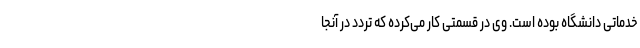
خدماتی دانشگاه بوده است. وی در قسمتی کار می‌کرده که تردد در آنجا